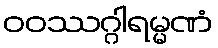
ဝဝဿဂ္ဂါရမ္မဏံ